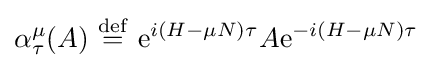
\alpha _{\tau }^{\mu }(A)\ {\stackrel {\mathrm {def} }{=}}\ \mathrm {e} ^{i\left(H-\mu N\right)\tau }A\mathrm {e} ^{-i\left(H-\mu N\right)\tau }